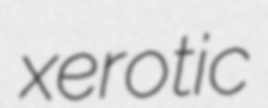
xerotic